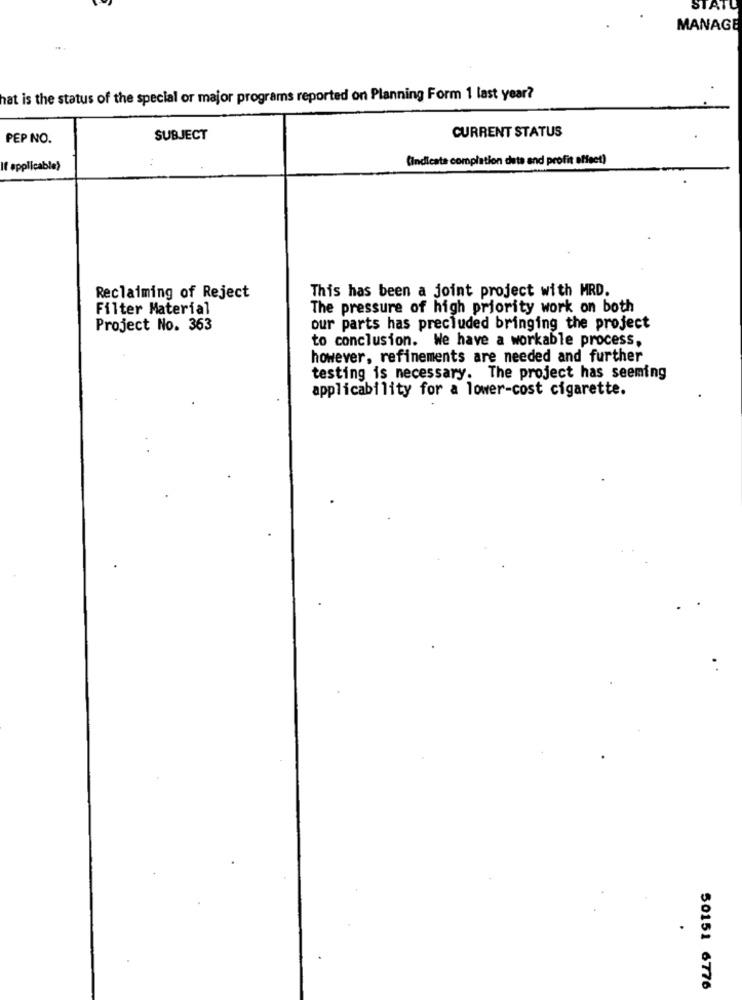
STATE
MANAGE
hat is the status of the special or major programs reported on Planning Form 1 last year?
CURRENT STATUS
PEP NO.
SUBJECT
(indicata completion date and profit effect)
If applicable)
Reclaiming of Reject
This has been a joint project with MRD.
Filter Material
The pressure of high priority work on both
Project No. 363
our parts has precluded bringing the project
to conclusion. We have a workable process,
however, refinements are needed and further
testing is necessary. The project has seeming
applicability for a lower-cost cigarette.
50151 6776